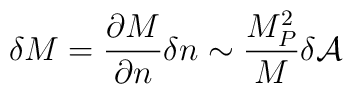
\delta M = \frac{\partial M}{\partial n} \delta n \sim\frac{M^{2}_{P}}{M} \delta {\cal A}